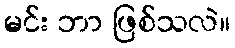
မင်း ဘာ ဖြစ်သလဲ။